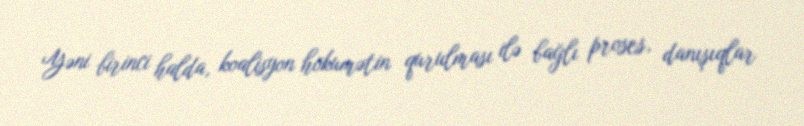
Yəni birinci halda, koalisyon hökumətin qurulması ilə bağlı proses, danışıqlar